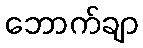
ဘောက်ချာ